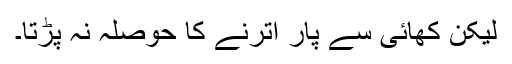
لیکن کھائی سے پار اترنے کا حوصلہ نہ پڑتا۔